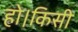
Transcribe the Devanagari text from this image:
हो।किसी